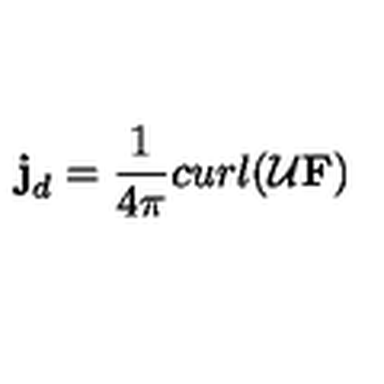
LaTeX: { \bf j } _ { d } = \frac { 1 } { 4 \pi } c u r l ( \cal U { \bf F } )